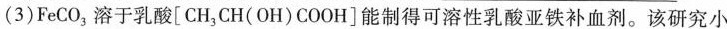
(3)FeCO_{3}溶于乳酸[CH_{3}CH(OH)COOH]能制得可溶性乳酸亚铁补血剂。该研究小